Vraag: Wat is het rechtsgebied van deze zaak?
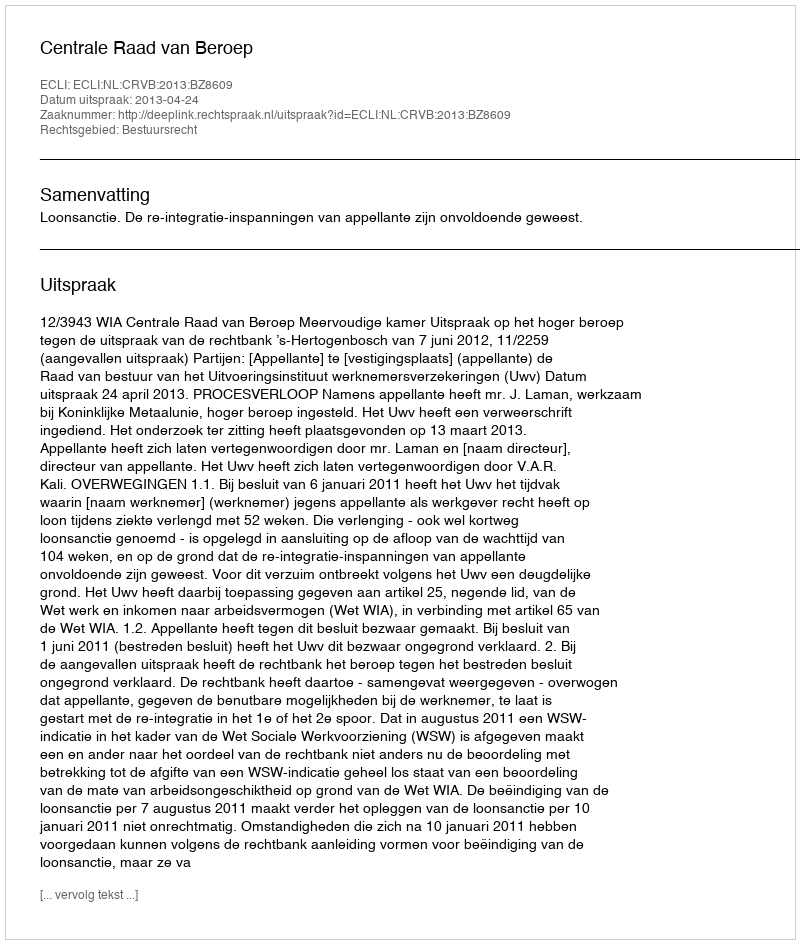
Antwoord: Bestuursrecht